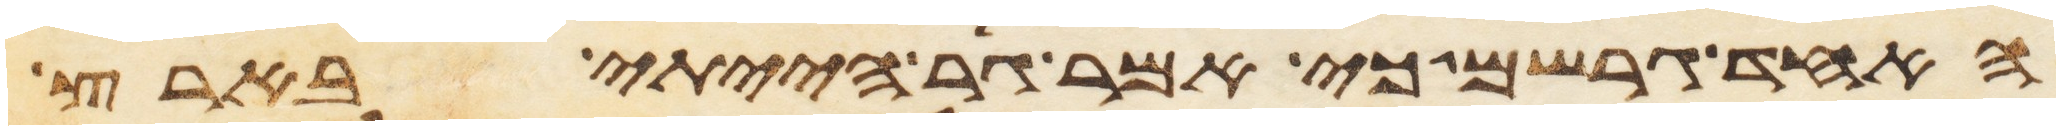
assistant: האחד גרשם כי אמר גר הייתי בארץ